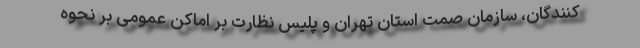
کنندگان، سازمان صمت استان تهران و پلیس نظارت بر اماکن عمومی بر نحوه